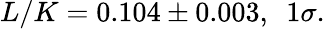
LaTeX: L/K=0.104\pm 0.003,\ \ 1\sigma.